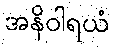
အနိဝါရယံ